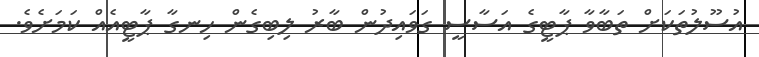
އުސޫލުތަކަށް ތަބާވާ ޕާޓީގެ އަސާސީ ގަވައިދުން ބާރު ލިބިގެން ހިނގާ ޕާޓީއެއް ކަމަށެވެ.